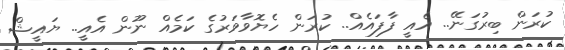
ކުރަން ބިރުގަނޭ.. އެއީ ފާފައެއް.. ކުރަން ހެޔޮވާވަރުގެ ކަމެއް ނޫން އެއީ.. ޔައީޝް